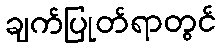
ချက်ပြုတ်ရာတွင်